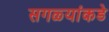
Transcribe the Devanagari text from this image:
सगळ्यांकडे